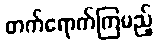
တက်ရောက်ကြမည့်